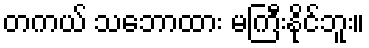
တကယ် သဘောထား မကြီးနိုင်ဘူး။